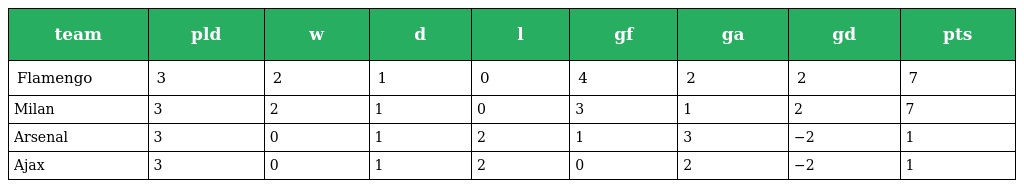
| team | pld | w | d | l | gf | ga | gd | pts |
 | --- | --- | --- | --- | --- | --- | --- | --- | --- |
 | Flamengo | 3 | 2 | 1 | 0 | 4 | 2 | 2 | 7 |
 | Milan | 3 | 2 | 1 | 0 | 3 | 1 | 2 | 7 |
 | Arsenal | 3 | 0 | 1 | 2 | 1 | 3 | −2 | 1 |
 | Ajax | 3 | 0 | 1 | 2 | 0 | 2 | −2 | 1 |